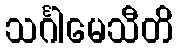
သင်္ဂါမေသီတိ